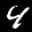
Label: 4